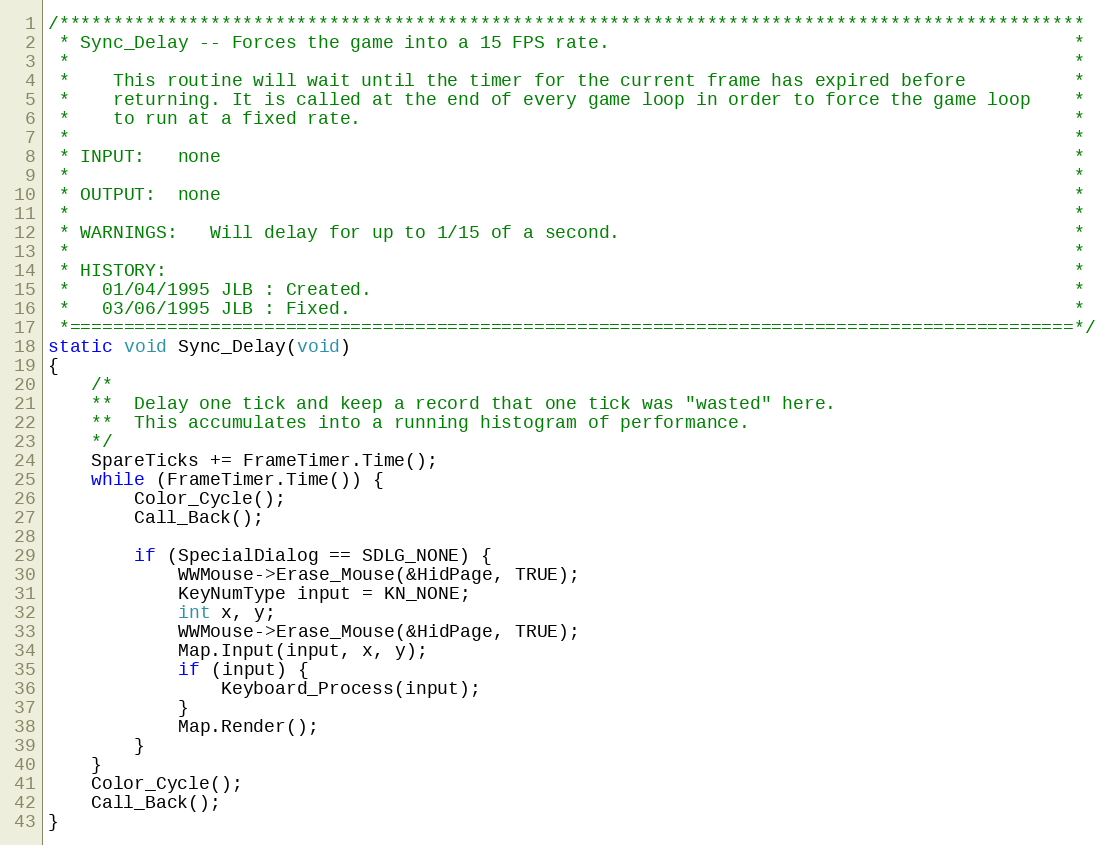
Language: C++
/***********************************************************************************************
 * Sync_Delay -- Forces the game into a 15 FPS rate.                                           *
 *                                                                                             *
 *    This routine will wait until the timer for the current frame has expired before          *
 *    returning. It is called at the end of every game loop in order to force the game loop    *
 *    to run at a fixed rate.                                                                  *
 *                                                                                             *
 * INPUT:   none                                                                               *
 *                                                                                             *
 * OUTPUT:  none                                                                               *
 *                                                                                             *
 * WARNINGS:   Will delay for up to 1/15 of a second.                                          *
 *                                                                                             *
 * HISTORY:                                                                                    *
 *   01/04/1995 JLB : Created.                                                                 *
 *   03/06/1995 JLB : Fixed.                                                                   *
 *=============================================================================================*/
static void Sync_Delay(void)
{
	/*
	**	Delay one tick and keep a record that one tick was "wasted" here.
	**	This accumulates into a running histogram of performance.
	*/
	SpareTicks += FrameTimer.Time();
	while (FrameTimer.Time()) {
		Color_Cycle();
		Call_Back();

		if (SpecialDialog == SDLG_NONE) {
			WWMouse->Erase_Mouse(&HidPage, TRUE);
			KeyNumType input = KN_NONE;
			int x, y;
			WWMouse->Erase_Mouse(&HidPage, TRUE);
			Map.Input(input, x, y);
			if (input) {
				Keyboard_Process(input);
			}
			Map.Render();
		}
	}
	Color_Cycle();
	Call_Back();
}